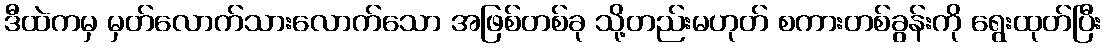
ဒီထဲကမှ မှတ်လောက်သားလောက်သော အဖြစ်တစ်ခု သို့တည်းမဟုတ် စကားတစ်ခွန်းကို ရွေးထုတ်ပြီး